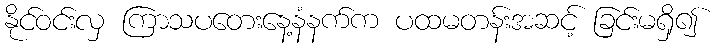
နိုင်ဝင်းလှ ကြာသပတေးနေ့နံနက်က ပထမတန်းအဆင့် ခြင်းမရှိ၍